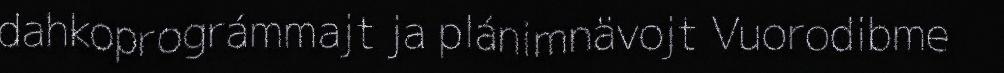
dahkoprográmmajt ja plánimnävojt Vuorodibme